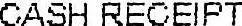
CASH RECEIPT